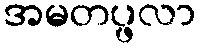
အမတပ္ဖလာ